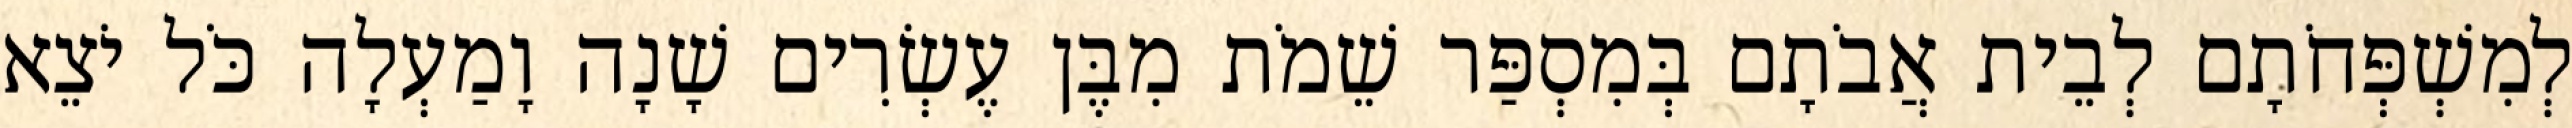
לְמִשְׁפְּחֹתָם לְבֵית אֲבֹתָם בְּמִסְפַּר שֵׁמֹת מִבֶּן עֶשְׂרִים שָׁנָה וָמַעְלָה כֹּל יֹצֵא